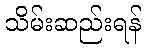
သိမ်းဆည်းရန်